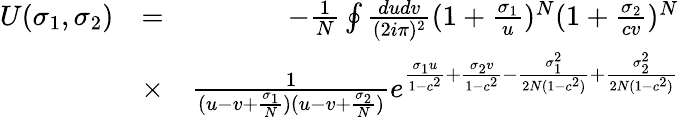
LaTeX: \begin{array}{rlr}{U(\sigma_{1},\sigma_{2})}&{=}&{-\frac{1}{N}\oint\frac{dudv}{(2i\pi)^{2}}(1+\frac{\sigma_{1}}{u})^{N}(1+\frac{\sigma_{2}}{cv})^{N}}\\ &{\times}&{\frac{1}{(u-v+\frac{\sigma_{1}}{N})(u-v+\frac{\sigma_{2}}{N})}e^{\frac{\sigma_{1}u}{1-c^{2}}+\frac{\sigma_{2}v}{1-c^{2}}-\frac{\sigma_{1}^{2}}{2N(1-c^{2})}+\frac{\sigma_{2}^{2}}{2N(1-c^{2})}}}\end{array}